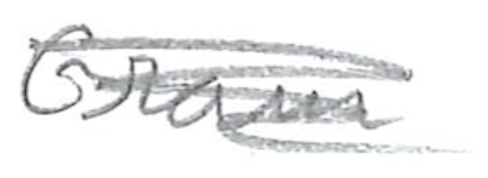
Text: Gram
Cross-out: scratch
Writing tool: pencil